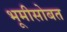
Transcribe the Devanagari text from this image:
भूमीसोबत